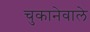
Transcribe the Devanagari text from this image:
चुकानेवाले